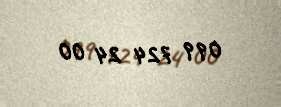
099 724 24 00